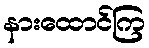
နားထောင်ကြ